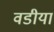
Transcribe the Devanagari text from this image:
वडीया